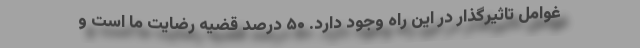
غوامل تاثیرگذار در این راه وجود دارد. ۵۰ درصد قضیه رضایت ما است و